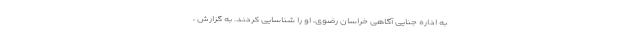
به اداره جنایی آگاهی خراسان رضوی، او را شناسایی کردند. به گزارش ،